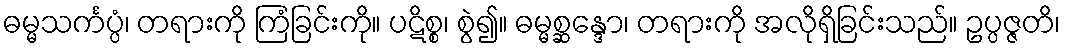
ဓမ္မသင်္ကပ္ပံ၊ တရားကို ကြံခြင်းကို။ ပဋိစ္စ၊ စွဲ၍။ ဓမ္မစ္ဆန္ဒော၊ တရားကို အလိုရှိခြင်းသည်။ ဥပ္ပဇ္ဇတိ၊